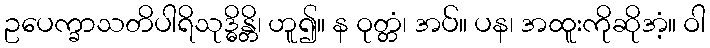
ဥပေက္ခာသတိပါရိသုဒ္ဓိန္တိ၊ ဟူ၍။ န ဝုတ္တံ၊ အပ်။ ပန၊ အထူးကိုဆိုအံ့။ ဝါ